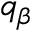
q _ { \beta }